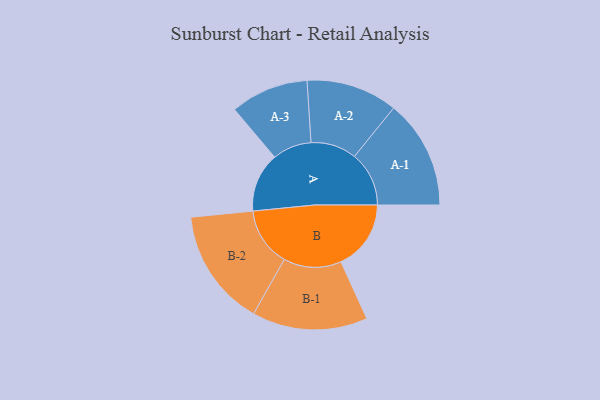
{"axis": {"x": "Segment", "y": "Value"}, "legend": ["", "A", "B"], "data": [{"x": "A", "y": 222, "type": ""}, {"x": "B", "y": 262, "type": ""}, {"x": "A-1", "y": 204, "type": "A"}, {"x": "A-2", "y": 171, "type": "A"}, {"x": "A-3", "y": 146, "type": "A"}, {"x": "B-1", "y": 216, "type": "B"}, {"x": "B-2", "y": 220, "type": "B"}]}